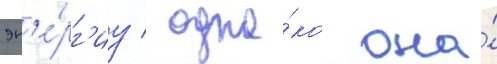
эн'е́рг'иу / одна́ко она́